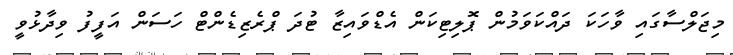
މިޖަލްސާގައި ވާހަކަ ދައްކަވަމުން ޕޮލިޓިކަން އެޑްވައިޒާ ޓުދަ ޕްރެޒިޑެންޓް ހަސަން އަފީފު ވިދާޅުވީ